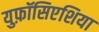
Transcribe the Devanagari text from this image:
युफ़ॉसिएशिया